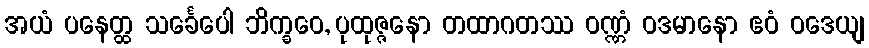
အယံ ပနေတ္ထ သင်္ခေပေါ ဘိက္ခဝေ, ပုထုဇ္ဇနော တထာဂတဿ ဝဏ္ဏံ ဝဒမာနော ဧဝံ ဝဒေယျ